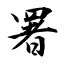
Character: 署